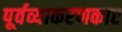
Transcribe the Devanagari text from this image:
पूर्वव्याकरणकार